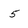
Character: 5